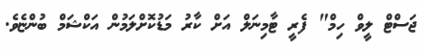
ޖަސްޓް ލީވް ހިމް" ފެރީ ޓާމިނަލް އަށް ކާރު މަޑުކޮށްލަމުން އަކްޝަމް ބުންޏެވެ.